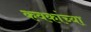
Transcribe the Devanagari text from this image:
कवकांच्या